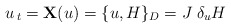
\begin{align*}u_{\,t} = {\bf X} ( u ) = \{ u , H \}_D = J \; \delta_u H\end{align*}